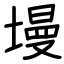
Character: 墁